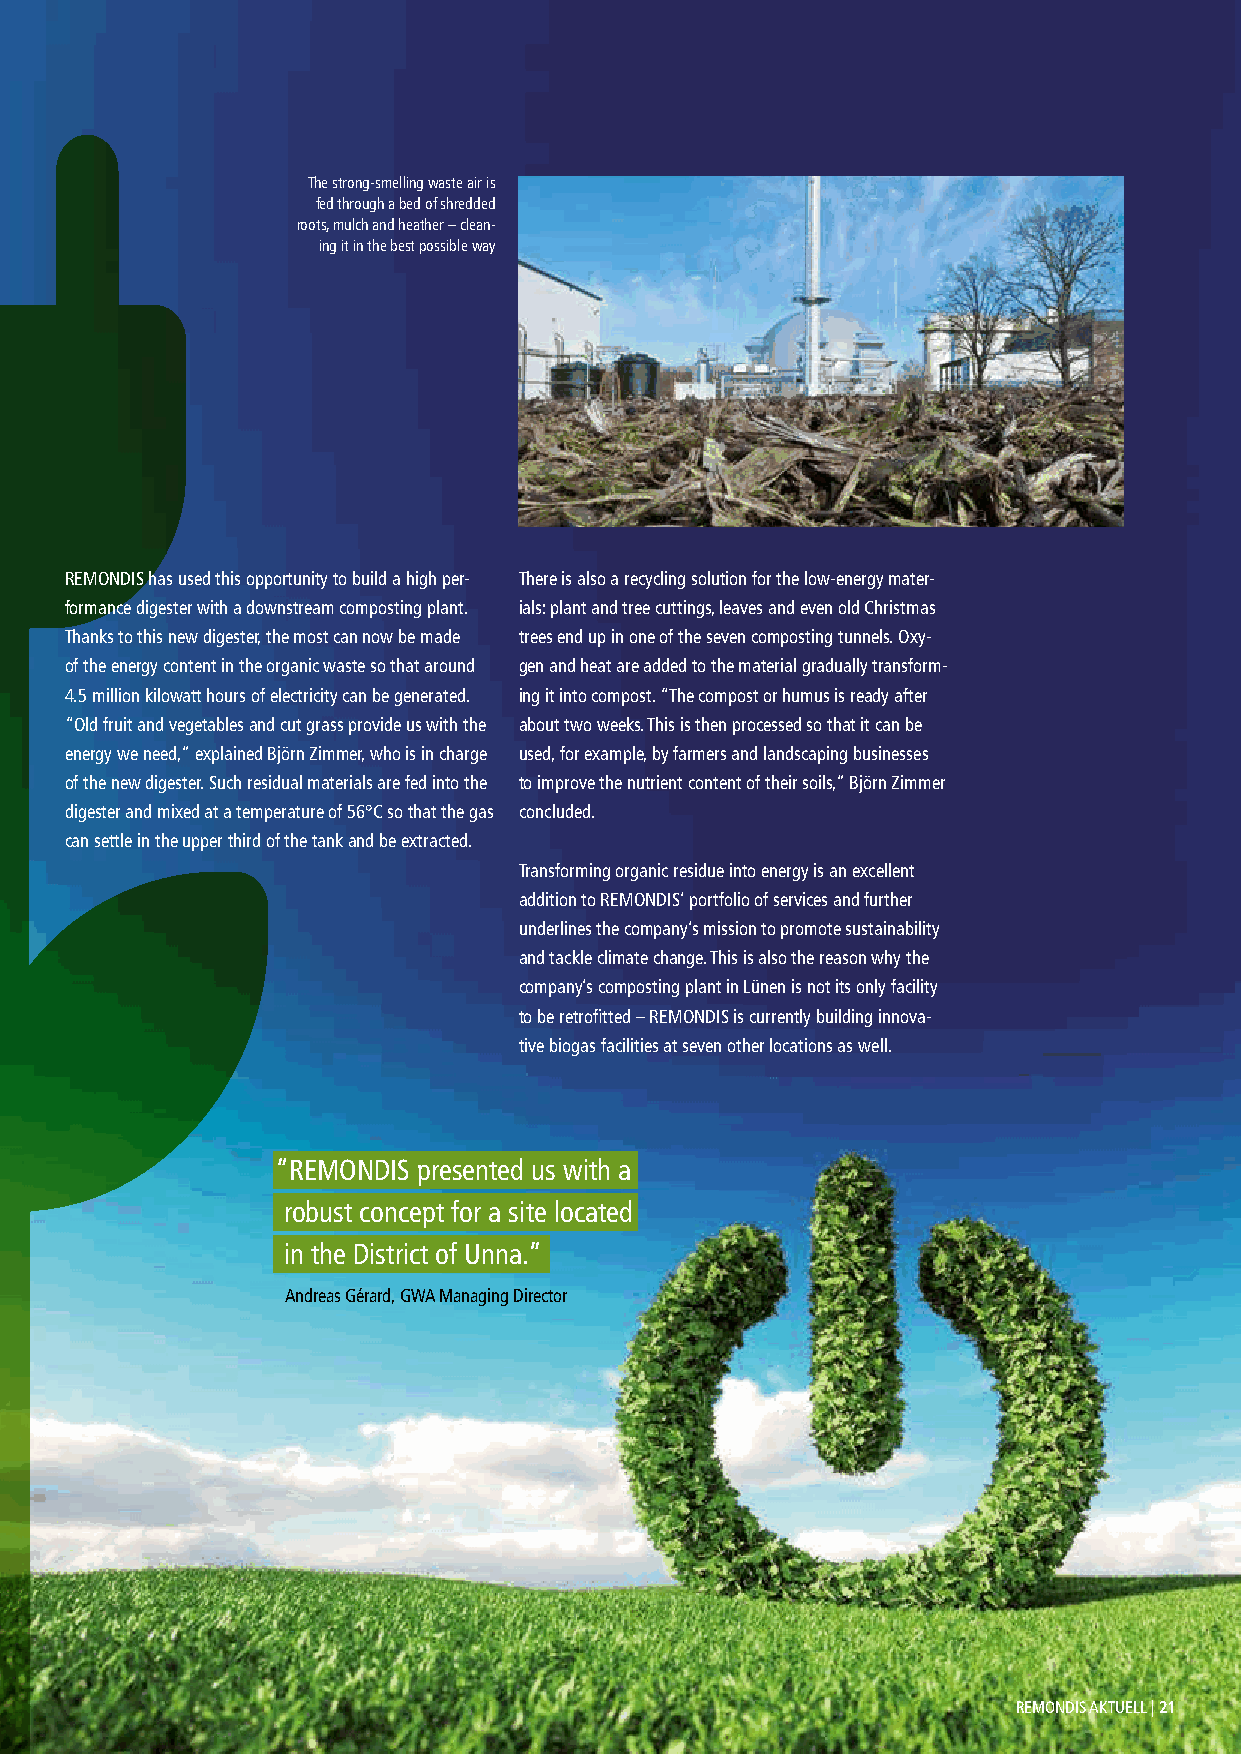
The strong-smelling waste air is
 fed through a bed of shredded
 roots, mulch and heather – clean-
 ing it in the best possible way
 REMONDIS has used this opportunity to build a high per- There is also a recycling solution for the low-energy mater-
 formance digester with a downstream composting plant. ials: plant and tree cuttings, leaves and even old Christmas
 Thanks to this new digester, the most can now be made trees end up in one of the seven composting tunnels. Oxy-
 of the energy content in the organic waste so that around gen and heat are added to the material gradually transform-
 4.5 million kilowatt hours of electricity can be generated. ing it into compost. “The compost or humus is ready after
 “Old fruit and vegetables and cut grass provide us with the about two weeks. This is then processed so that it can be
 energy we need,” explained Björn Zimmer, who is in charge used, for example, by farmers and landscaping businesses
 of the new digester. Such residual materials are fed into the to improve the nutrient content of their soils,” Björn Zimmer
 digester and mixed at a temperature of 56°C so that the gas concluded.
 can settle in the upper third of the tank and be extracted.
 Transforming organic residue into energy is an excellent
 addition to REMONDIS’ portfolio of services and further
 underlines the company’s mission to promote sustainability
 and tackle climate change. This is also the reason why the
 company’s composting plant in Lünen is not its only facility
 to be retrofitted – REMONDIS is currently building innova-
 tive biogas facilities at seven other locations as well.
 “REMONDIS presented us with a
 robust concept for a site located
 in the District of Unna.”
 Andreas Gérard, GWA Managing Director
 REMONDIS AKTUELL | 21